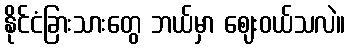
နိုင်ငံခြားသားတွေ ဘယ်မှာ ဈေးဝယ်သလဲ။